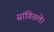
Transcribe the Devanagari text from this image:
सांगितले।